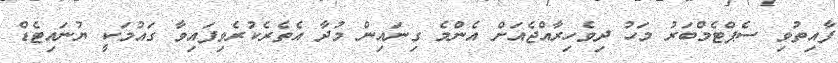
ފާއިތުވި ސެޕްޓެމްބަރު މަހު ދިވެހިރާއްޖެއަށް އެންމެ ގިނައިން މުދާ އެތެރެކުރެވިފައިވާ ގައުމަކީ ޔުނައިޓެޑް